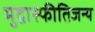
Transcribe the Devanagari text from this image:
मुद्रास्फीतिजन्य